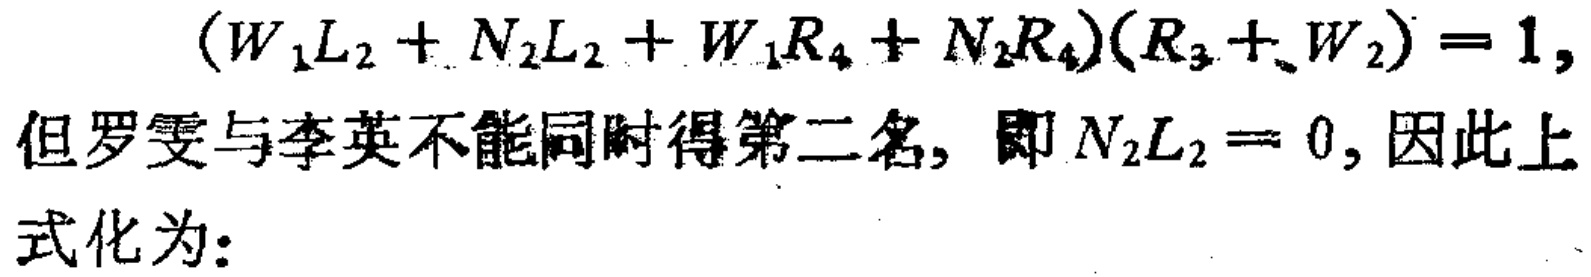
\((W_1L_2 + N_2L_2 + W_1R_4 + N_2R_4)(R_3 + W_2) = 1,\)

但罗雯与李英不能同时得第二名, 即 \(N_2L_2 = 0,\) 因此上

式化为: